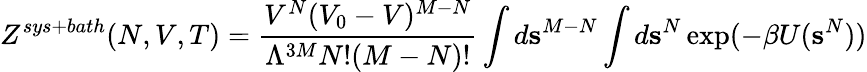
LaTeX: Z^{sys+bath}(N,V,T)={\frac{V^{N}(V_{0}-V)^{M-N}}{\Lambda^{3M}N!(M-N)!}}\int d\mathbf{s}^{M-N}\int d\mathbf{s}^{N}\exp(-\beta U(\mathbf{s}^{N}))